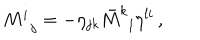
M _ { \, \, \, j } ^ { i } = - \eta _ { j k } \bar { M } _ { \, \, \, l } ^ { k } \eta ^ { l i } \, ,